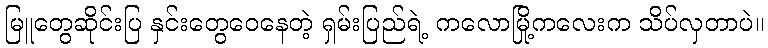
မြူတွေဆိုင်းပြ နှင်းတွေဝေနေတဲ့ ရှမ်းပြည်ရဲ့ ကလောမြို့ကလေးက သိပ်လှတာပဲ။